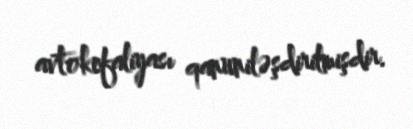
avtokefaliyası qanuniləşdirilmişdir.